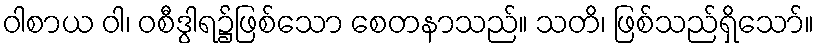
ဝါစာယ ဝါ၊ ဝစီဒွါရ၌ဖြစ်သော စေတနာသည်။ သတိ၊ ဖြစ်သည်ရှိသော်။